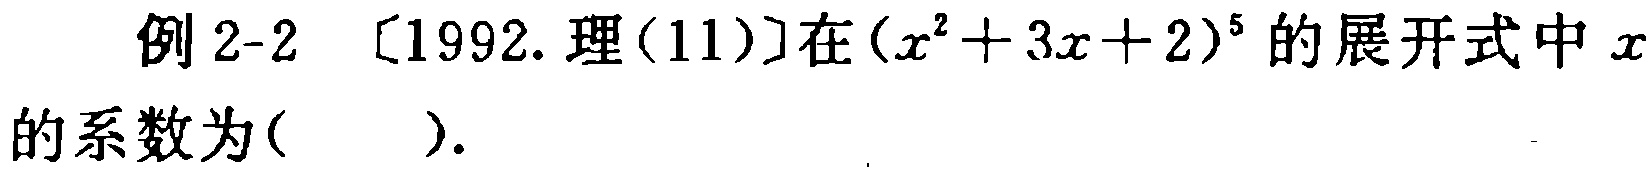
例 2-2 [1992. 理(11)]在\((x^{2}+3x + 2)^{5}\)的展开式中\(x\)的系数为( ).